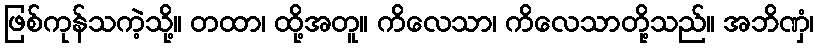
ဖြစ်ကုန်သကဲ့သို့။ တထာ၊ ထို့အတူ။ ကိလေသာ၊ ကိလေသာတို့သည်။ အဘိဏှံ၊